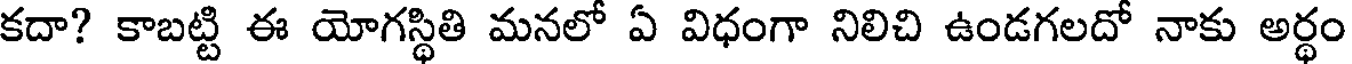
కదా? కాబట్టి ఈ యోగస్థితి మనలో ఏ విధంగా నిలిచి ఉండగలదో నాకు అర్థం